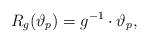
LaTeX: \begin{gather*}R_{g}( \vartheta_p)=g^{-1}\cdot \vartheta_p,\end{gather*}